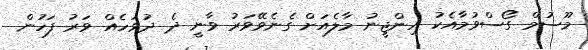
މޫސުމް ގޯސްވުމާއެކު އިންޖީނު މާލެއަށް ގެނެވޭވަރު ވާނީ ދެ ދުވަހެއް ވަރު ފަހުން